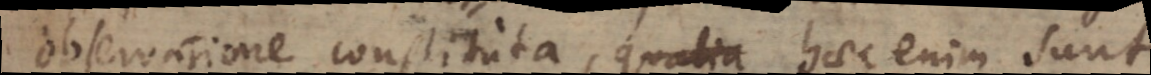
observatione constituta, haec enim sunt